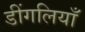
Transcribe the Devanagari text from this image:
डींगलियाँ